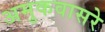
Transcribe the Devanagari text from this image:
अमुकवासरे